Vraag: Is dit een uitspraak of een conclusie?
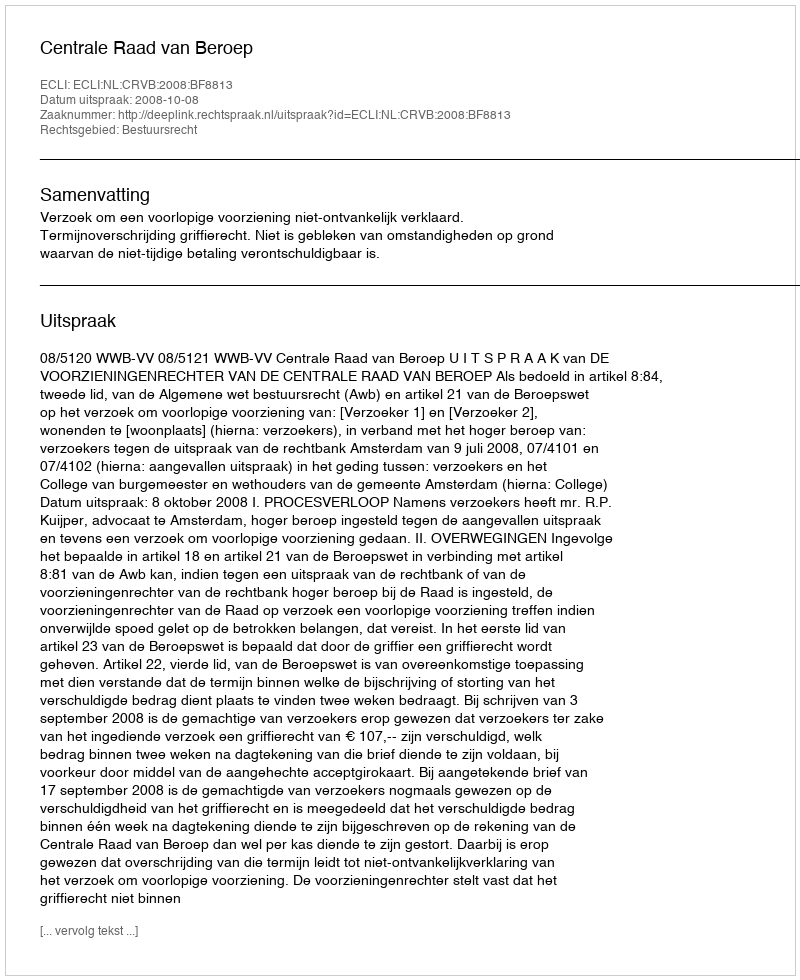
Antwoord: Uitspraak